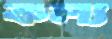
কল্য